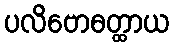
ပလိဗောဓတ္ထာယ